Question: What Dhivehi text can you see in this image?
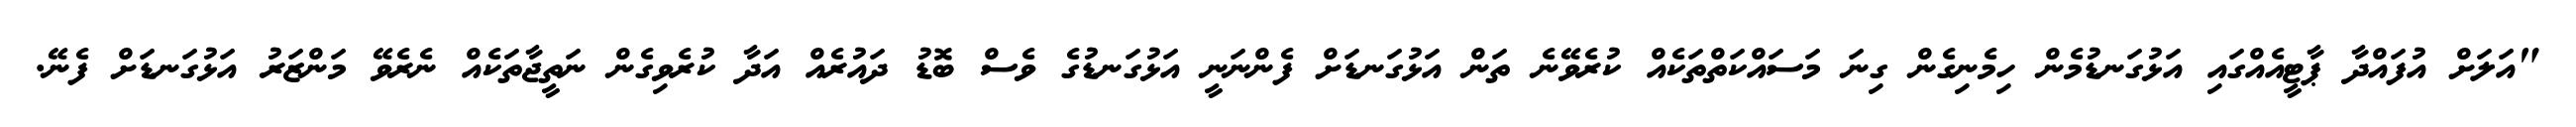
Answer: "އަލަށް އުފައްދާ ޕާޓީއެއްގައި އަޅުގަނޑުމެން ހިމެނިގެން ގިނަ މަސައްކަތްތަކެއް ކުރެވޭނެ ތަން އަޅުގަނޑަށް ފެންނަނީ އަޅުގަނޑުގެ ވެސް ބޮޑު ދައުރެއް އަދާ ކުރެވިގެން ނަތީޖާތަކެއް ނެރެވޭ މަންޒަރު އަޅުގަނޑަށް ފެނޭ.